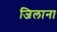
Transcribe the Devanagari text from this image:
जिलाना